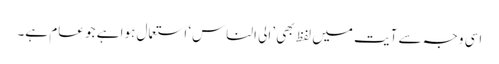
اسی وجہ سے آیت میں لفظ بھی ’الی الناس‘ استعمال ہوا ہے جو عام ہے۔